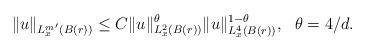
LaTeX: \begin{align*}\|u\|_{L_x^{m'}(B(r))} \leq C \|u\|^{\theta}_{L_x^2(B(r))} \|u\|_{L_x^4(B(r))}^{1-\theta}, \ \ \theta = 4/d.\end{align*}